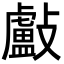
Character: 㪭